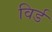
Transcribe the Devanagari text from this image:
विर्ड